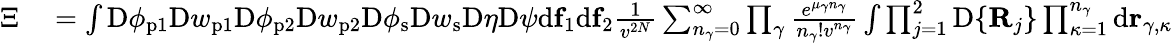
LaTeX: \begin{array}{rl}{\Xi}&{{}=\int\mathrm{D}\phi_{\mathrm{p}1}\mathrm{D}w_{\mathrm{p}1}\mathrm{D}\phi_{\mathrm{p}2}\mathrm{D}w_{\mathrm{p}2}\mathrm{D}\phi_{\mathrm{s}}\mathrm{D}w_{\mathrm{s}}\mathrm{D}\eta\mathrm{D}\psi\mathrm{d}\mathbf{f}_{1}\mathrm{d}\mathbf{f}_{2}\frac{1}{v^{2N}}\sum_{n_{\gamma}=0}^{\infty}\prod_{\gamma}\frac{e^{\mu_{\gamma}n_{\gamma}}}{n_{\gamma}!v^{n_{\gamma}}}\int\prod_{j=1}^{2}\mathrm{D}\{ \mathbf{R}_{j}\} \prod_{\kappa=1}^{n_{\gamma}}\mathrm{d}\mathbf{r}_{\gamma,\kappa}}\end{array}